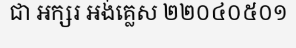
ជា អក្សរ អង់គ្លេស ២២០៤០៥០១